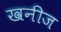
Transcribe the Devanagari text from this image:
खनीज